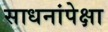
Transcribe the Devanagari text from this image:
साधनांपेक्षा